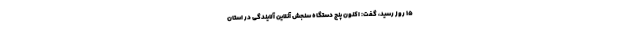
۱۵ روز رسید، گفت: اکنون پنج دستگاه سنجش آنلاین آلایندگی در استان